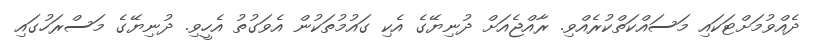
ދެއްވުމަށްޓަކައި މަސައްކަތްކުރެއްވި. ރާއްޖެއަށް ދުނިޔޭގެ އެކި ގައުމުތަކުން އެވަގުތު އެހީވި. ދުނިޔޭގެ މަސްރަހުގައި